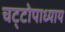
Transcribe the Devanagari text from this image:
चट्‌टोपाध्याय